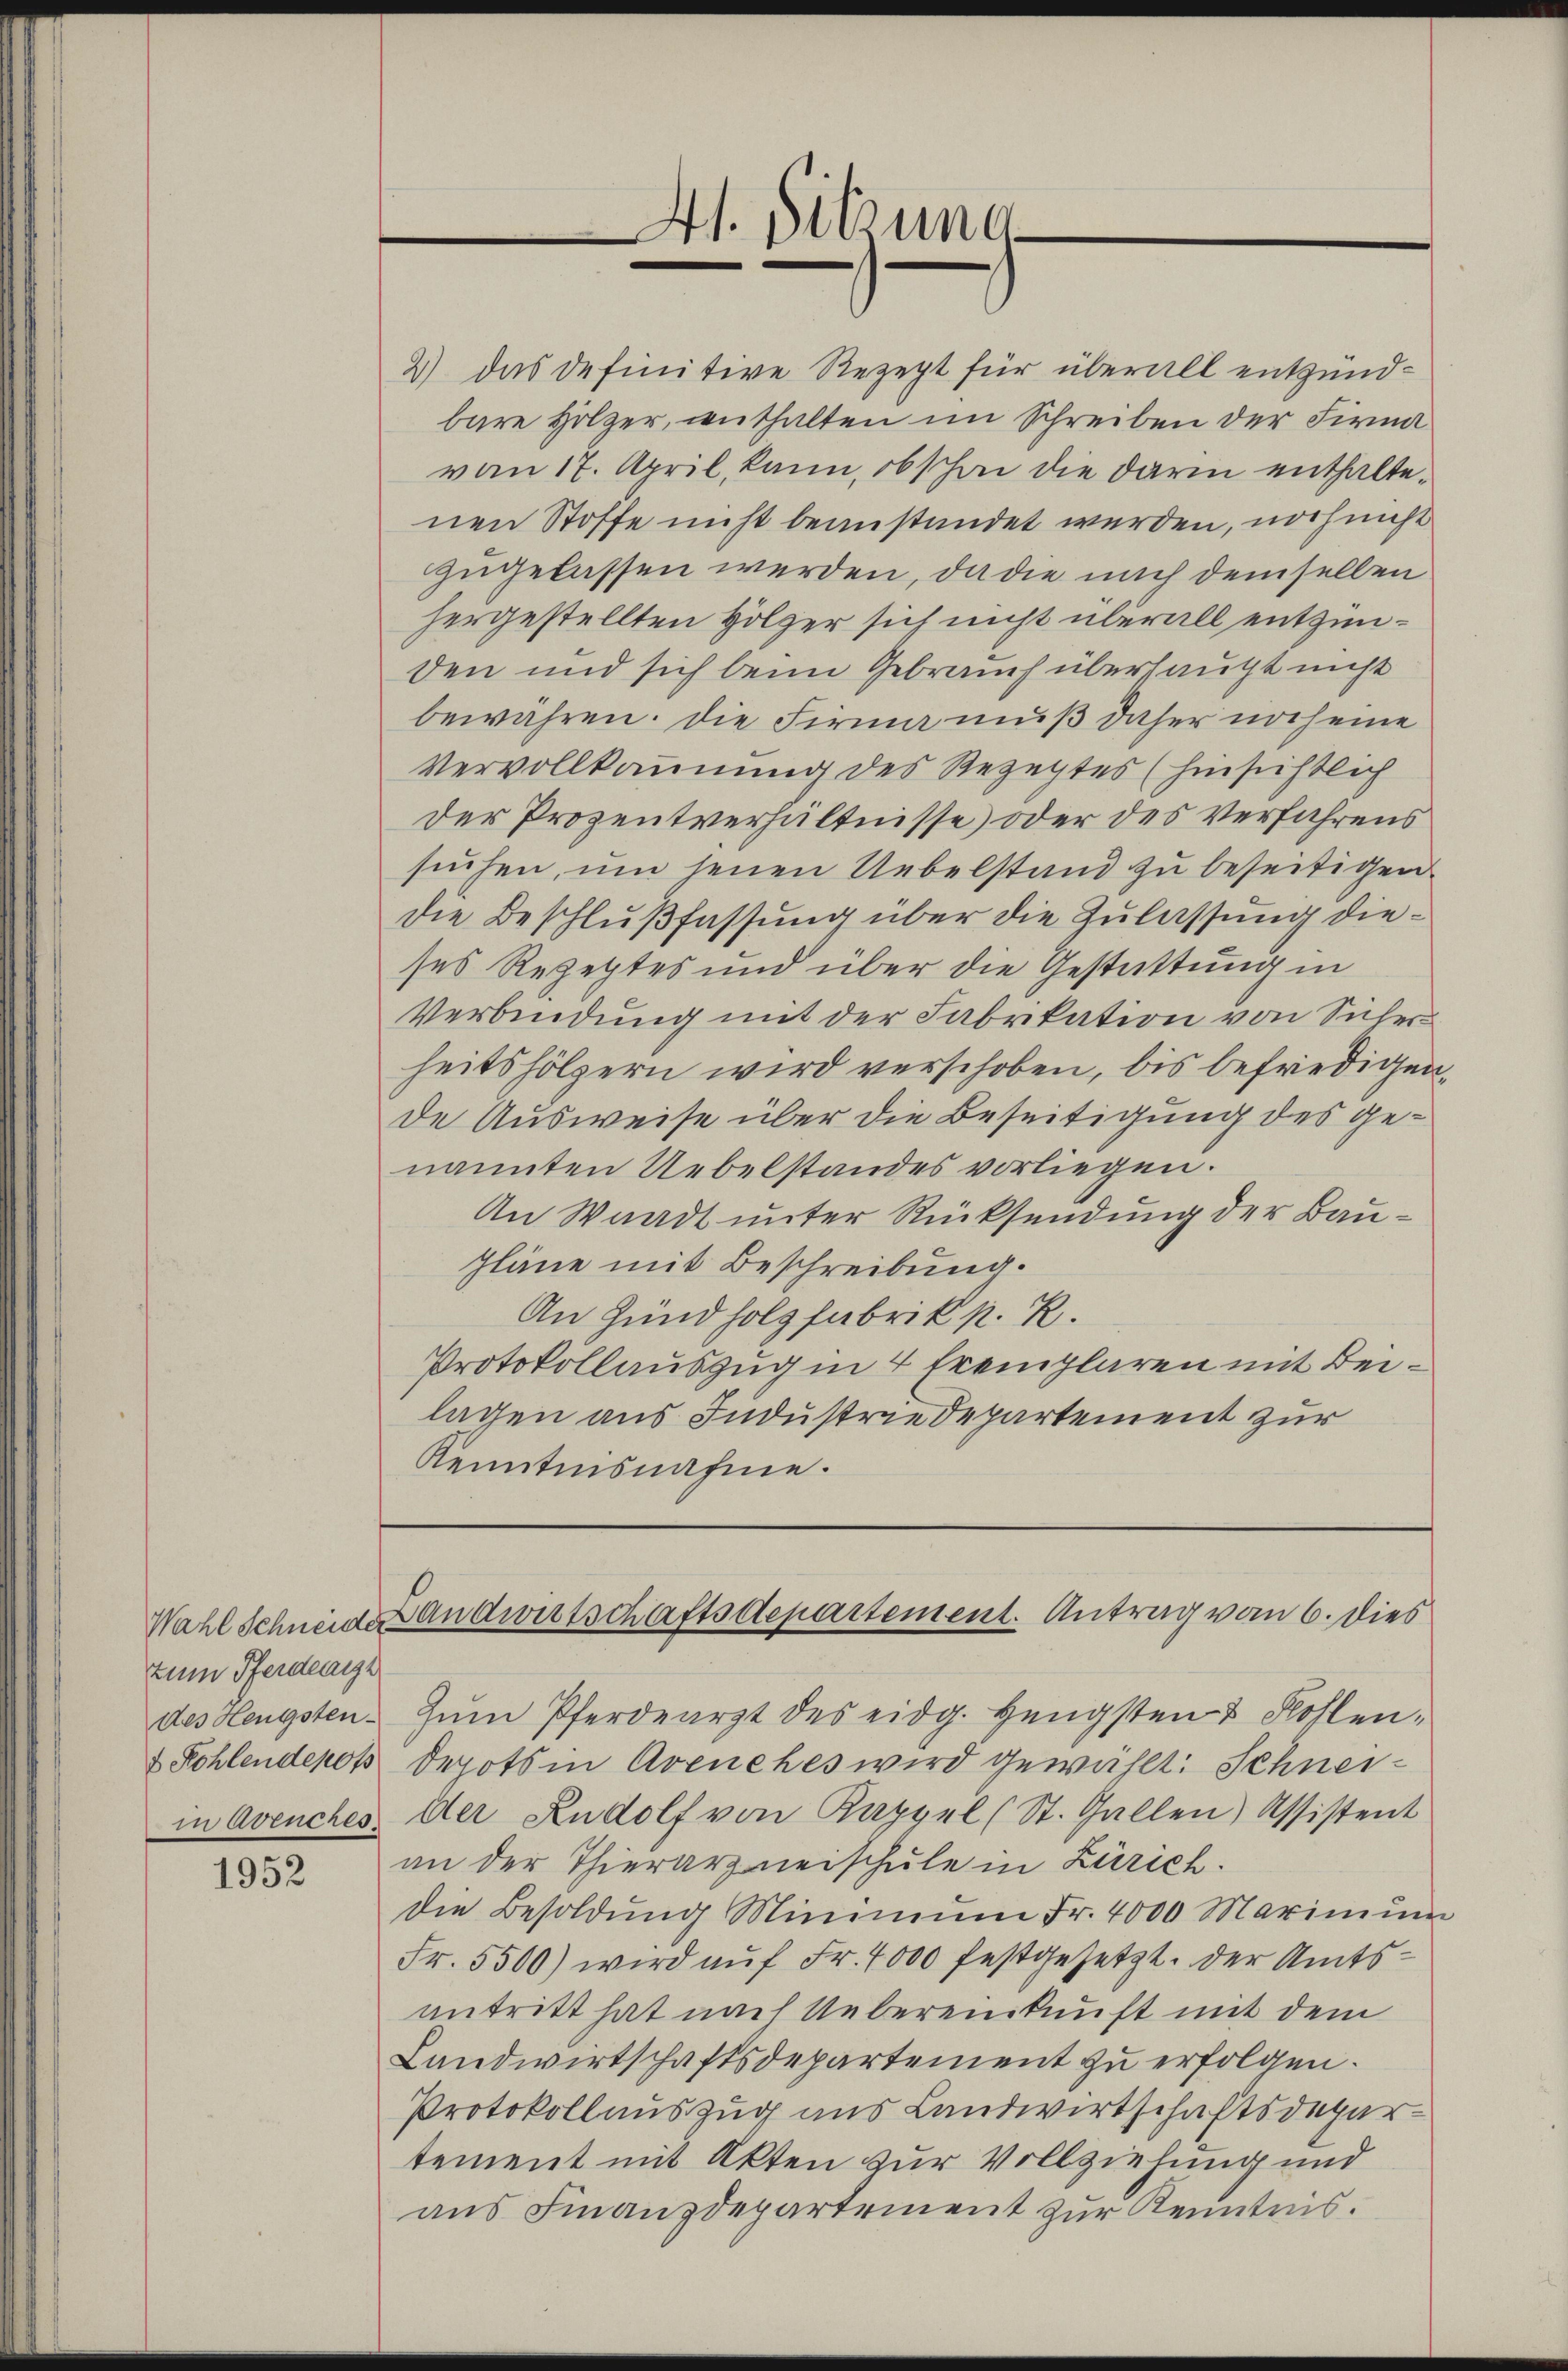
zum Pferdeange
des Hengsten
 Kohlendepos

1952

2) das definitive Rezept für überall entzündbare Holzer, werthalten im Schreiben der Firmavon 17. April, kann, obschon die darin enthaltenen Stoffe nicht beanstandet werden, noch nicht
zugelassen werden, da die nach demselben
hergestellten Holzer sich nicht überall entzünden und sich beim Gebrauch überhaupt nicht
bewähren. Die Firma muß daher noch eine
Vervollkommung des Rezeptes (hinsichtlich
der Prozentverhältnisse oder des Verfahrens
suchen, um jenen Uebelstand zu beseitigen
die Beschlußfassung über die Zulassung dieses Rezeptes und über die Gestattung in
Verbindung mit der Fabrikation von Sicher
heitshölzern wird verschoben, bis befriedigen,
de Ausweise über die Beseitigung des genannten Uebelstandes vorliegen.
An Waadt unter Rücksendung der Bau¬
Pläne mit Beschreibung.
An Hund holzfabrik k. R.
Protokollauszug in 4 Fremplaren mit Beilagen aus Industriedepartement zur
Kenntnisnahme.

At. Sitzung
n

zŭm Pferdearzt des eidg. Hengsten & Fohlendepots in Avenches wird gewählt: Schneiin Avenches der Rudolf von Kappel (St. Gallen, Assistent
an der Thierarzneischule in Zürich.
die Besoldŭng Minimŭm Fr. 4000 Marimŭm
Fr. 5500) wird auf Fr. 4000 festgesetzt. Der Amtsantritt hat nach Uebereinkunft mit dem
Landwirtschaftsdepartement zu erfolgen.
Protokollauszug aus Landwirtschaftsdepartement mit Akten zur Vollziehung und
aus Finanzdepartement zur Kenntnis.

Wahl Schneide Landwirtschaftsdepartement. Antrag vom 6. dies